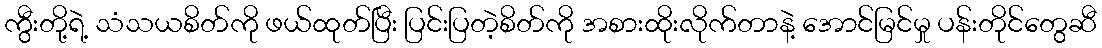
ကွီးတို့ရဲ့ သံသယစိတ်ကို ဖယ်ထုတ်ပြီး ပြင်းပြတဲ့စိတ်ကို အစားထိုးလိုက်တာနဲ့ အောင်မြင်မှု ပန်းတိုင်တွေဆီ